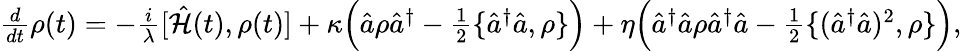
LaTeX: \begin{array}{r}{\frac{d}{dt}\rho(t)=-\frac{i}{\lambda}[\hat{\mathcal{H}}(t),\rho(t)]+\kappa\Big(\hat{a}\rho\hat{a}^{\dagger}-\frac{1}{2}\{ \hat{a}^{\dagger}\hat{a},\rho\} \Big)+\eta\Big(\hat{a}^{\dagger}\hat{a}\rho\hat{a}^{\dagger}\hat{a}-\frac{1}{2}\{ (\hat{a}^{\dagger}\hat{a})^{2},\rho\} \Big),}\end{array}